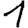
Digit: 1